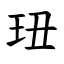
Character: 㺲